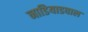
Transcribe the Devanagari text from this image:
नाडियाडवाल